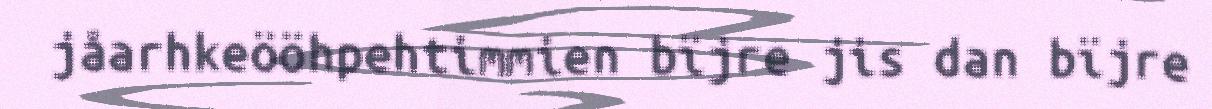
jåarhkeööhpehtimmien bïjre jis dan bïjre